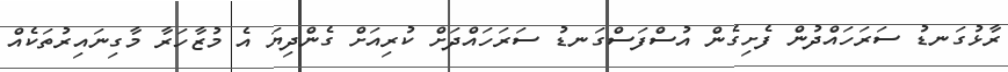
ރާޅުގަނޑު ސަރަހައްދުން ފެށިގެން އުސްފަސްގަނޑު ސަރަހައްދަށް ކުރިއަށް ގެންދިޔަ އެ މުޒާހަރާ މާގިނައިރުތަކެއް